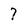
Character: 7